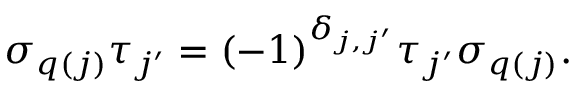
\sigma _ { q ( j ) } \tau _ { j ^ { \prime } } = ( - 1 ) ^ { \delta { _ { j , j ^ { \prime } } } } \tau _ { j ^ { \prime } } \sigma _ { q ( j ) } .